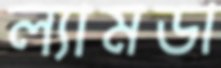
ল্যামডা